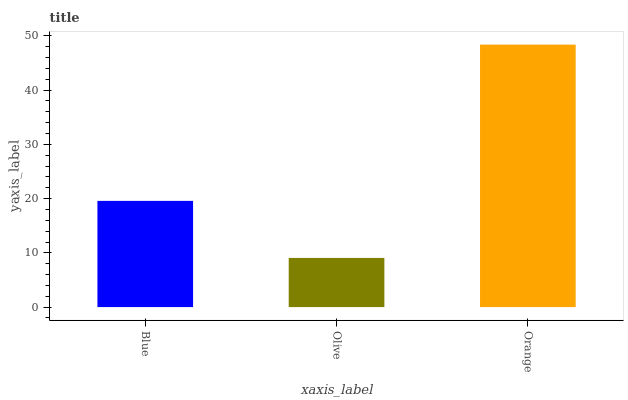
| xaxis_label | bars |
 | --- | --- |
 | Blue | 19.6 |
 | Olive | 9.06 |
 | Orange | 48.4 |